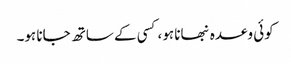
کوئی وعدہ نبھانا ہو،کسی کے ساتھ جانا ہو۔